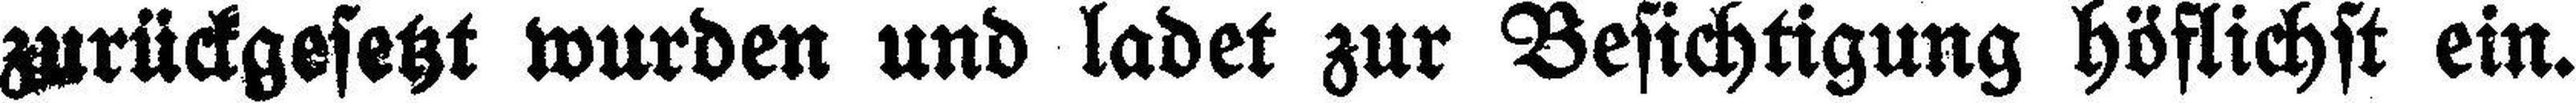
zurückgesetzt wurden und ladet zur Besichtigung höflichst ein.